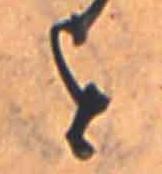
を